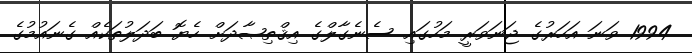
1994 ވަނަ އަހަރުގެ ޖަނަވަރީ މަހުގައި ސެނެގާލްގެ އިޤްތިޞާދަށް ހެޔޮ ބަދަލުތަކެއް ގެނައުމުގެ